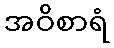
အဝိစာရံ